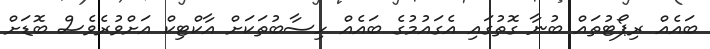
ބައެއް ރިޕޯޓުތައް ބުނާ ގޮތުގައި އެގައުމުގެ ބައެއް ހިސާބުތަކަށް އާކްޓިކް އަށްވުރެވެސް ބޮޑަށް